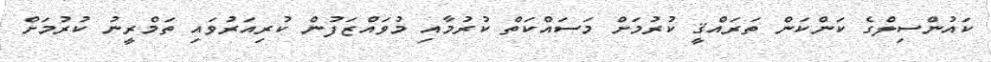
ކައުންސިލްގެ ކަންކަން ތަރައްޤީ ކުރުމަށް މަސައްކަތް ކުރުމާއި މުވައްޒަފުން ކުރިއަރުވައި ތަމްރީނު ކުރުމަށް